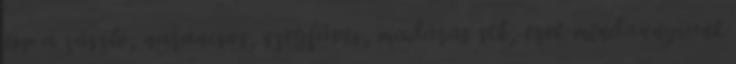
épp a zászló, narancsos, szegfüves, madaras stb, ezek mindannyiunk